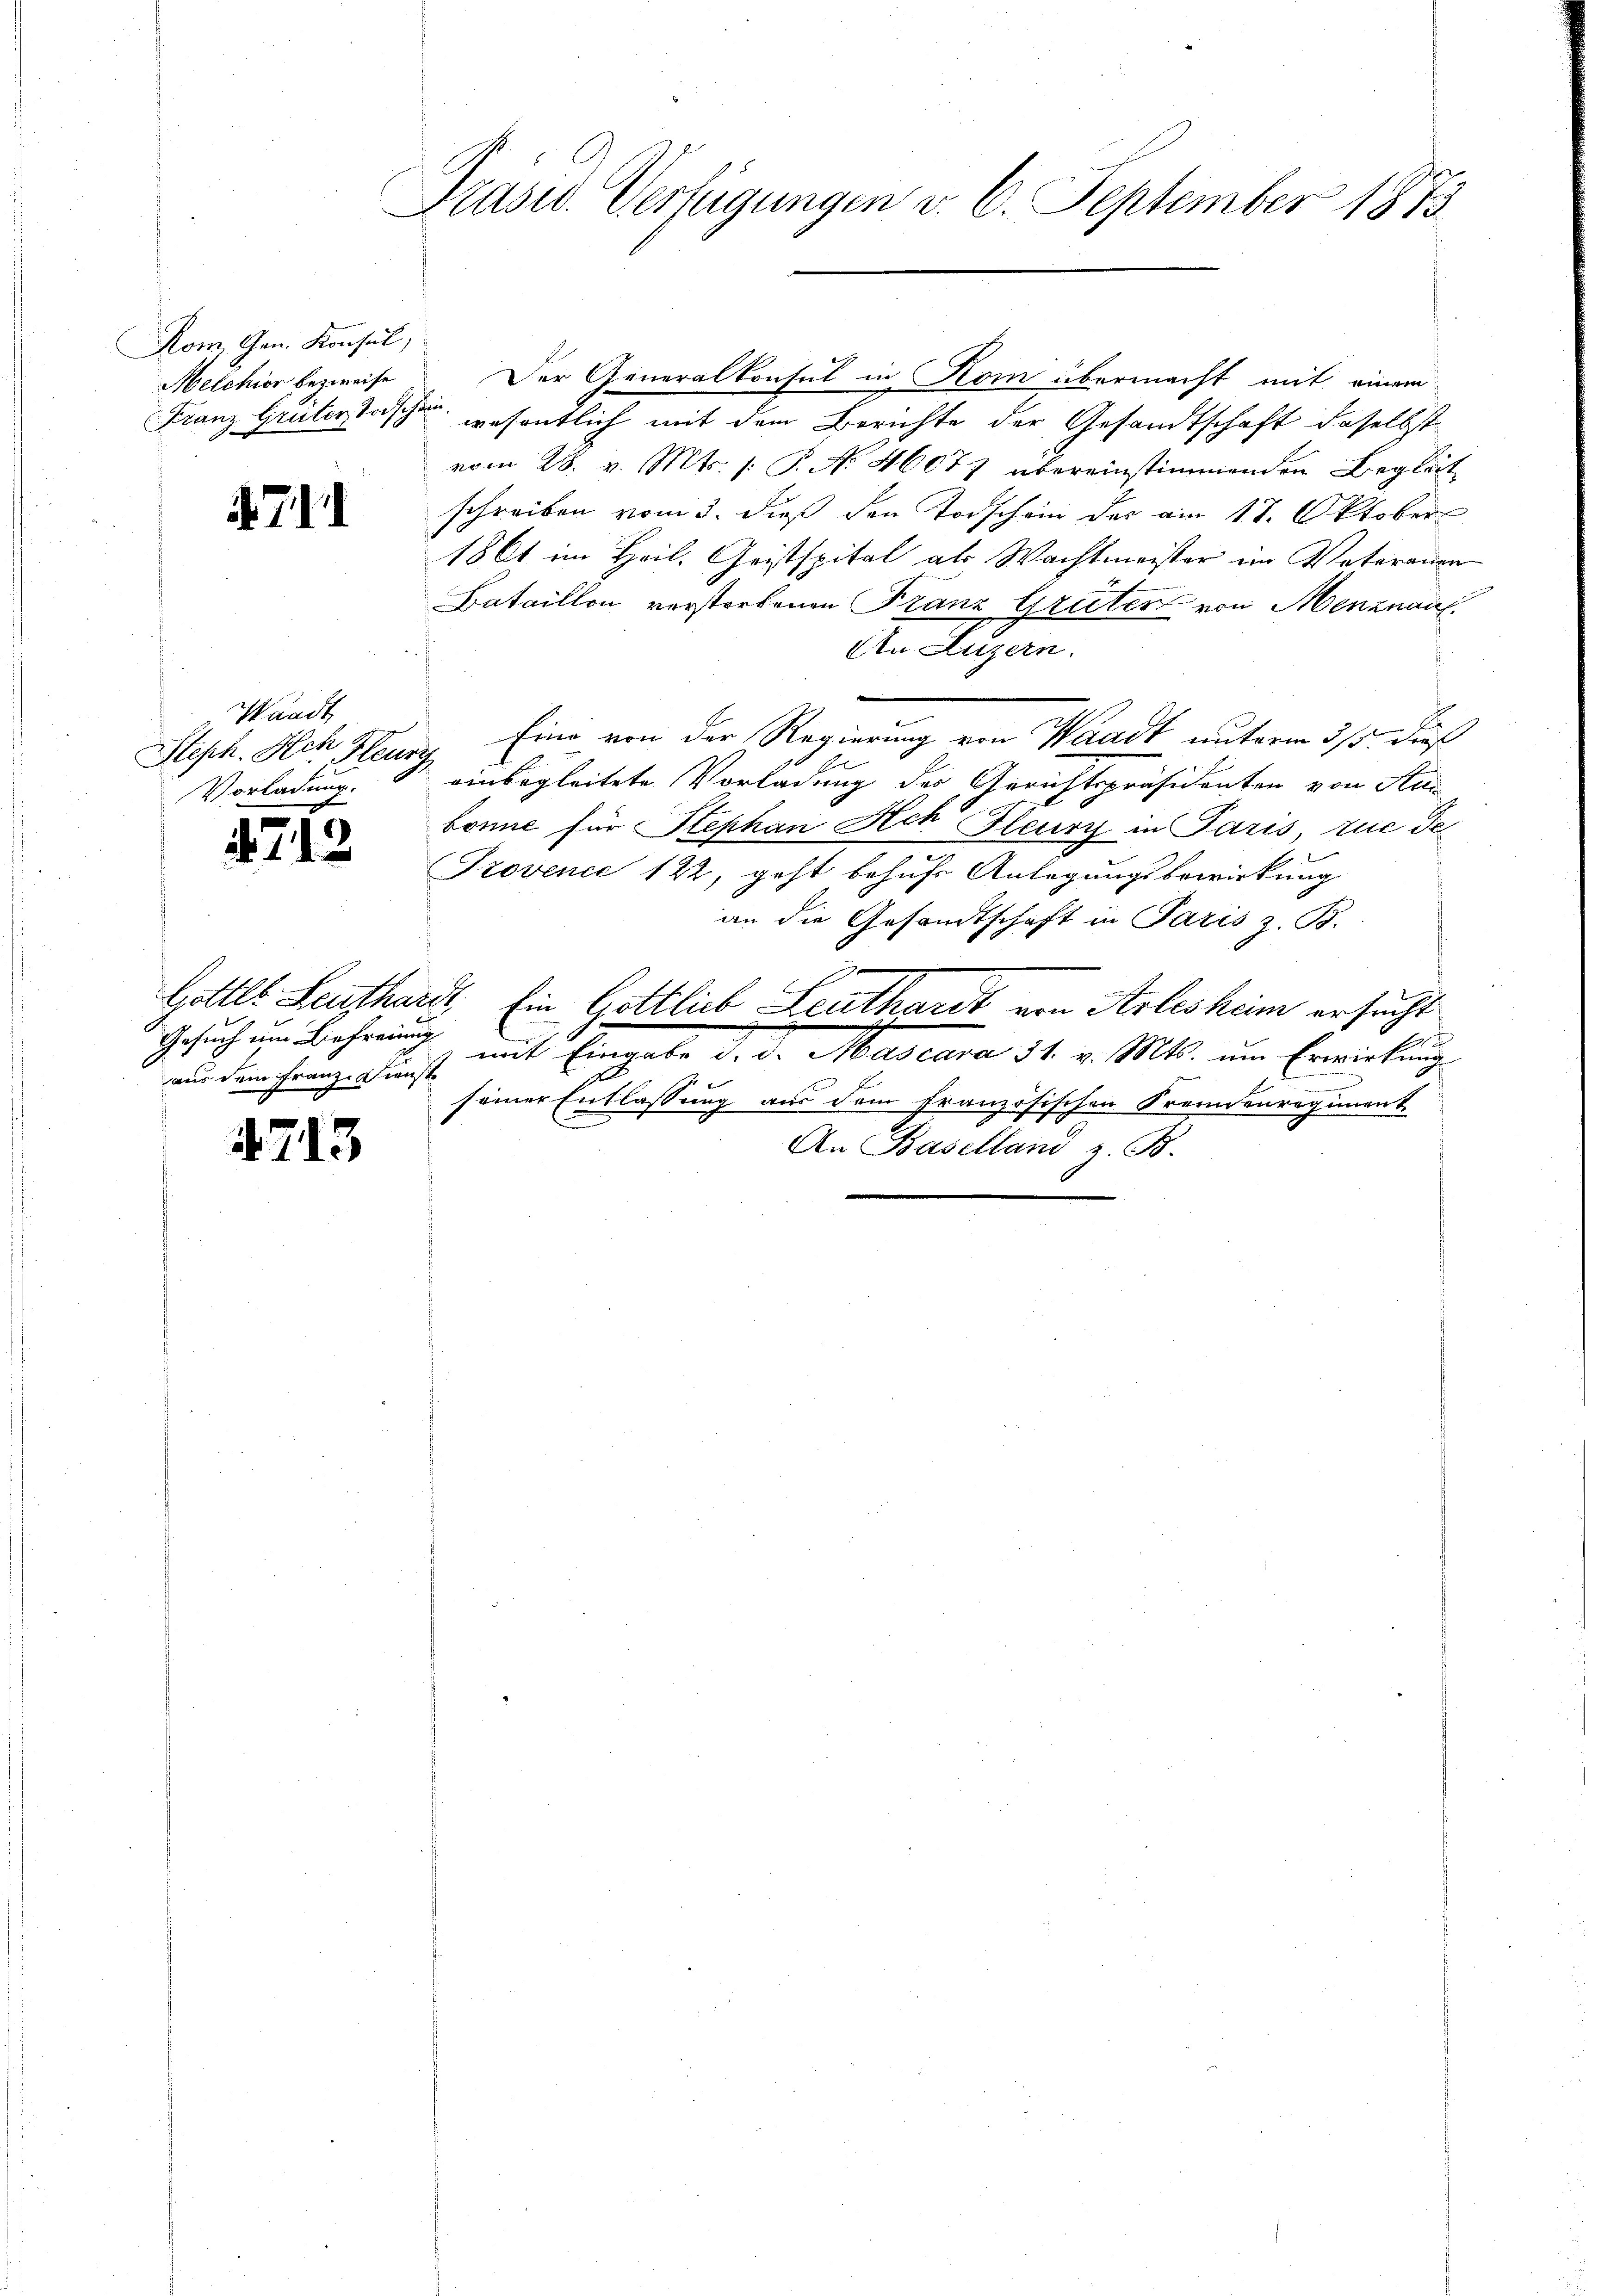
Kom, Gen. Konsul,
Melchior bezweife
Franz Grüter Todsch

4711

Waadt,
Vorladung.

4712

Gesuch um Befreiung
aus dem Franz Dienst

4.7. 13

Präsid. Verfügungen v. 6. September 1873.

Der Generalkonsul in Hom übermacht mit einem
he
wesentlich mit dem Berichte der Gesandtschaft daselbst
vom 28. v. Mts. (: P. No 46077 übereinstimmenden Begleit
schreiben vom 3. dieß den Torschein der am 18. Oktober
1861 im Heil. Geistspital als Wachtmeister im Vaterauen-
Bataillon verstorbenen Franz Grüter von Menznau
An Luzern.
Steph. Ach Haury, Eine von der Regierung von Waadt unterm 31ste Fuß
einbegleitete Vorladung des Gerichtspräsidenten von Au
bonne für Stephan Hch. Fleury in Paris, zue Te
Provence 122, geht behufs Anlegungsbewirkung
an die Gesandtschaft in Paris z. B.
e
Gottl. Leuthardt, Ein Gottlieb Leuthardt von Arlesheim ersucht
mit Eingabe d. d. Mascara 31. v. Mts. um Erwirkung
seiner Entlassung aus dem Französischen Fremdenregiment
An Baselland z. B.